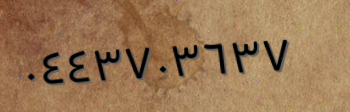
٠٤٤٣٧٠٣٦٣٧